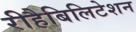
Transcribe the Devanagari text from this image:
रीहैबिलिटेशन